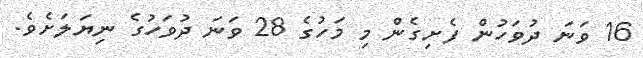
16 ވަނަ ދުވަހުން ފެށިގެން މި މަހުގެ 28 ވަނަ ދުވަހުގެ ނިޔަލަށެވެ.